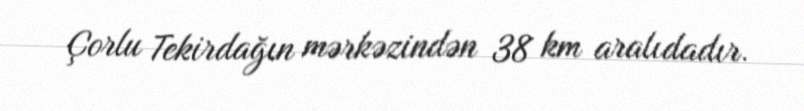
Çorlu Tekirdağın mərkəzindən 38 km aralıdadır.